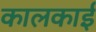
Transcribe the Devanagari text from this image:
कालकाई